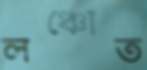
লঞ্চোত